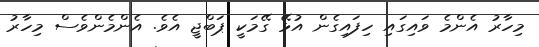
މިހާރު އެންމެ ވައިގައި ހިފައިގެން އުޅޭ ގޭމަކީ ޕަބްޖީ އެވެ. އެންމެންވެސް މިހާރު